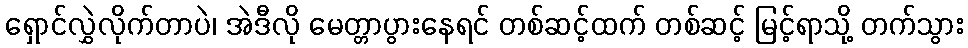
ရှောင်လွှဲလိုက်တာပဲ၊ အဲဒီလို မေတ္တာပွားနေရင် တစ်ဆင့်ထက် တစ်ဆင့် မြင့်ရာသို့ တက်သွား